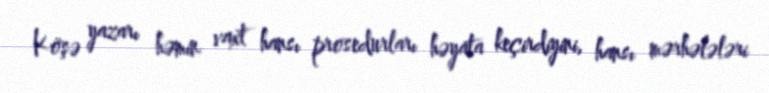
Köşə yazarı həmin vaxt hansı prosedurları həyata keçirdiyini, hansı mərhələləri